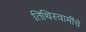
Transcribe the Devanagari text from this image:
तिथिस्वामींचे